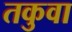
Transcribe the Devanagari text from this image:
तकुवा